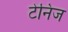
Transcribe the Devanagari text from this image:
टेनिज